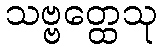
သဗ္ဗတ္ထေသု